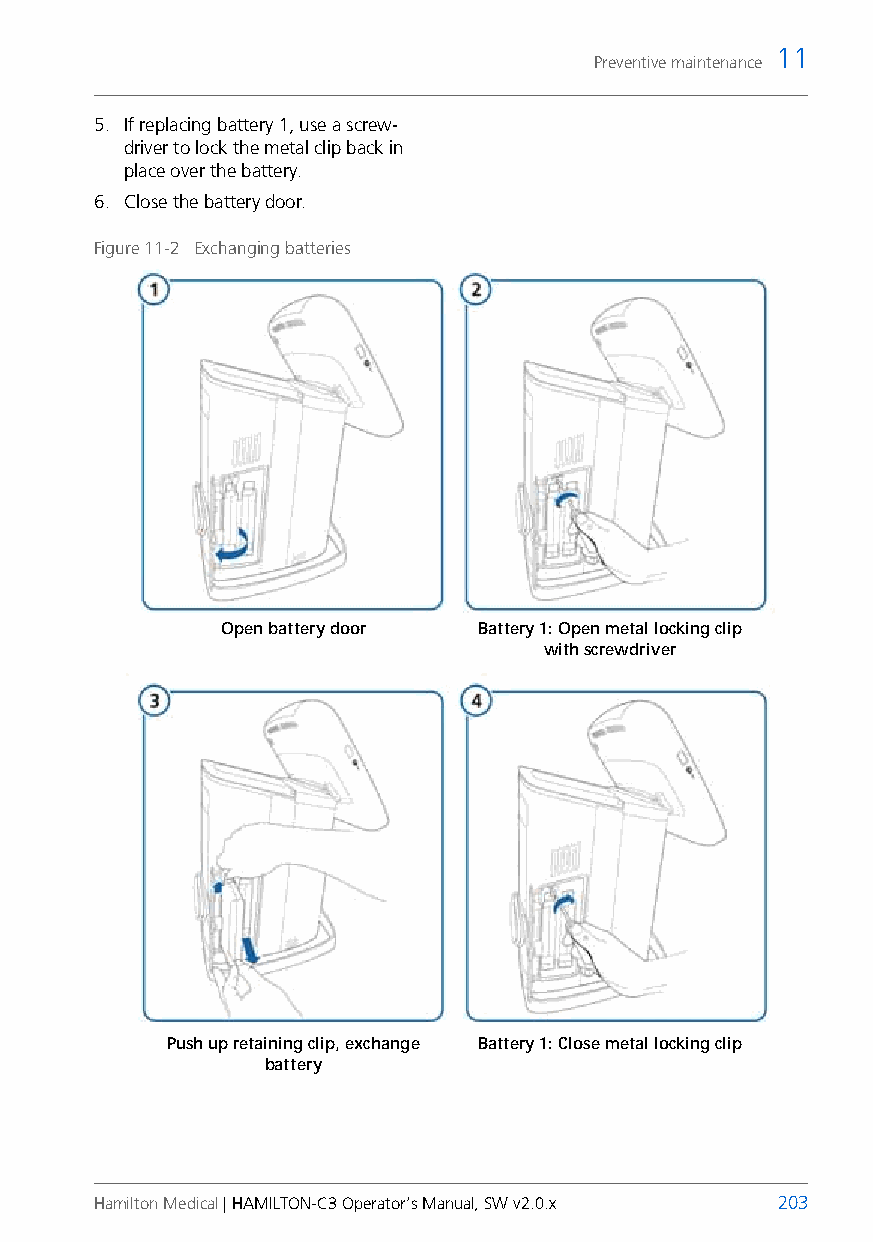
11
 Preventive maintenance
 5. If replacing battery 1, use a screw-
 driver to lock the metal clip back in
 place over the battery.
 6. Close the battery door.
 Figure 11-2 Exchanging batteries
 Open battery door Battery 1: Open metal locking clip
 with screwdriver
 Push up retaining clip, exchange Battery 1: Close metal locking clip
 battery
 Hamilton Medical | HAMILTON-C3 Operator’s Manual, SW v2.0.x 203